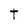
Character: t